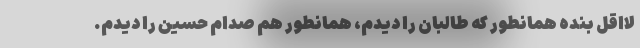
لااقل بنده همانطور که طالبان را دیدم، همانطور هم صدام حسین را دیدم.